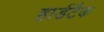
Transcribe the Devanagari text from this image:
हार्डटैक